Vital statistics of India. Vol. V, Reports of 1876 on armies & jails and on epidemic cholera
Year: 1876
Disease focus: Cholera
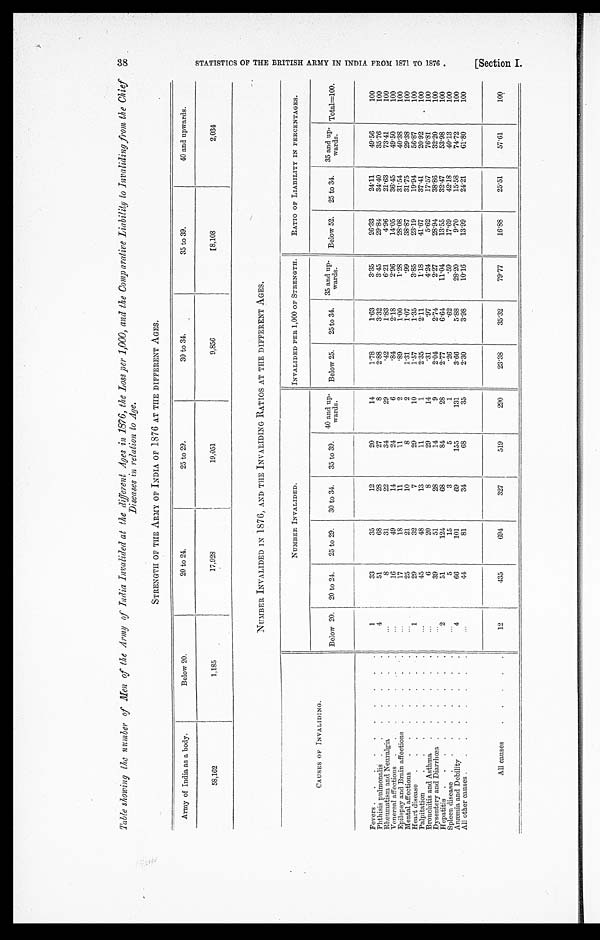
Table showing the number of Men of the Army of India Invalided at the different Ages in 1876, the Loss per 1,000, and the Comparative Liability to Invaliding from, the Chief
Diseases in relation to Age.
STRENGTH OF THE ARMY OF INDIA OF 1876 AT THE DIFFERENT AGES.
Army of India as a body.
Below 20.
20 to 24.
25 to 29.
30 to 34.
35 to 39.
40 and upwards.
58,162
1,185
17,928
19,051
9,856
8,108
2,034
NUMBER INVALIDED IN 1876, AND THE INVALIDING RATIOS AT THE DIFFERENT AGES.
NUMBER INVALIDED.
INVALIDED PER 1,000 OF STRENGTH.
RATIO OF LIABILITY IN PERCENTAGES.
CAUSES OF INVALIDING.
Below 20.
20 to 24.
25 to 29.
30 to 34.
35 to 39.
40 and up-
wards.
Below 25.
25 to 34.
35 and up-
wards.
Below 52.
25 to 34.
35 and up-
wards.
Total=100.
Fevers . . .
1
33
35
12
20
14
1.78
1.63
3.35
26.33
24.11
49.56
100
4
51
68
28
27
8
2.88
3.32
3.45
29.84
34.40
35.76
100
Phthisis pulmonalis . . .
. . .
8
31
22
34
29
.42
1.83
6.21
4.96
21.63
73.41
100
Rheumatism and Neuralgia . . .
. . .
16
49
14
24
6
.84
2.18
2.96
14.05
36.45
49.50
100
Venereal affections . . .
. . .
17
18
11
11
2
.89
1.00
1.28
28.08
31.54
40.38
100
Epilepsy and Brain affections . . .
. . .
25
21
10
8
2
1.31
1.07
.99
38.87
31.75
29.38
100
Mental affections . . .
1
29
32
7
29
10
1.57
1.35
3.85
23..19
19.94
56.87
100
Heart disease . . .
45
48
13
11
1
2.35
2.11
1.18
41.67
37.41
20.92
100
. . .
Palpitation. . .
. . .
6
20
8
29
14
.31
.97
4.24
5.62
17.57
76.81
100
Bronchitis and Asthma . . .
. . .
39
51
28
14
9
2.04
2.74
2.27
28.94
38.86
32.20
100
Dysentery and Diarrhœa . . .
2
51
124
68
84
28
2.77
6.64
11.04
13.55
32.47
53.98
100
Hepatitis . . .
.26
.62
.59
17.69
42.18
40.13
100
. . .
5
15
3
5
1
Spleen disease . . .
3.66
5.88
28.20
9.70
15.58
74.72
100
4
6 6
101
69
155
131
Anæmia and Debility . . .
. . .
44
81
34
68
35
2.30
3.98
10.16
13.99
24.21
61.80
100
All other causes . . .
All causes . . .
12
435
694
327
519
290
23.38
35.32
79.77
16.88
25.51
57.61
100
38
S T A T I S T I C S O F T H E B R I T I S H A R M Y I N I N D I A F R O M 1 8 7 1 T O 1 8 7 6 .
[ S e c t i o n I .